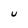
Character: U